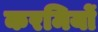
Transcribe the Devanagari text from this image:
करमियों